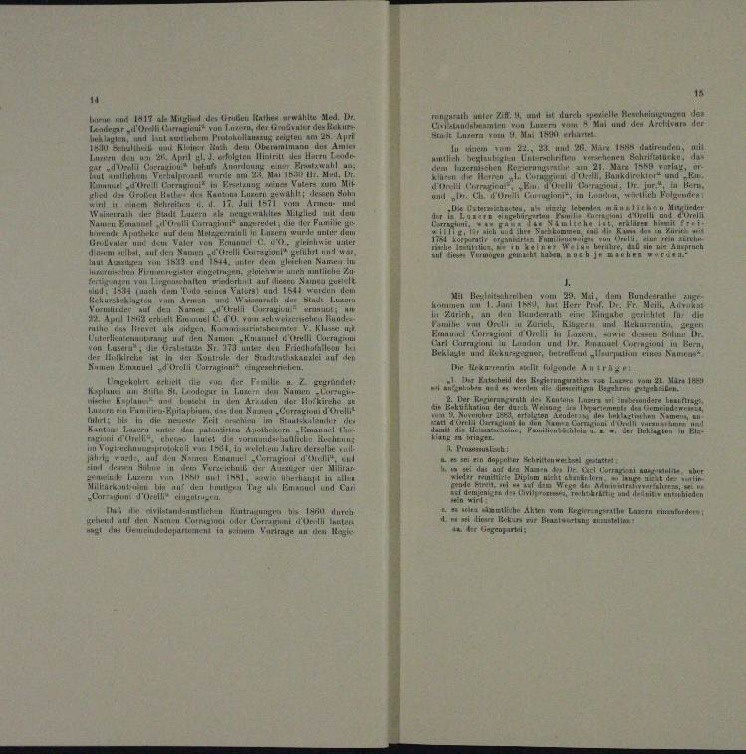
117 als Mit deren erwalten Med. Dr.
rege

mier des Rekurr
ut zur Turben, da

e
n
n
u
Um vom 22., 34 und 26. März 1844 utruir
d

arko
 Unrechen verne

 sie n

n
d
¬

n
un

un

. Jet
u

a

.
u

a.

.

.

n

.
t

a

u
.
wegen ein
e
aer un
d

.
.
n

dam Bunder
eantreten,
u
nd 1841 w

In die
 80

n
.
un
un

n,
n
u
meier in
ern und den Namen Emanuel stellt Carugann
.
u Fertisa

oute und Urkursgegner, Eiernfrau alleur partie
di zu

.
ir Herrn Ende Antr
ernde
Kohr erheit die von der Par u. I
n vom 21. März 1

n u

dienen
Kaplane und Stiften St. Lamineur in Leuenkirch
zen in d

e

u
n

n

u
u
n
1 Ar
n
u

.
u
 Pr
.

n Appeler Schen we

.

.

n

.
¬
n
u
n
enzoliru
2
lche Akten zum Bern Lage eine
 machen Eintragungen bis 181
Nuren
.
geteil auf ihn kann einen oder
ai
 täten
nudels

.